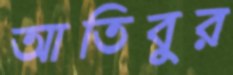
আতিবুর